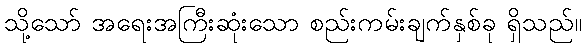
သို့သော် အရေးအကြီးဆုံးသော စည်းကမ်းချက်နှစ်ခု ရှိသည်။